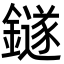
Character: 鐩